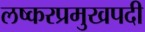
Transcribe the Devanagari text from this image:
लष्करप्रमुखपदी